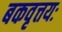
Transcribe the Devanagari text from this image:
बकवृत्तयः